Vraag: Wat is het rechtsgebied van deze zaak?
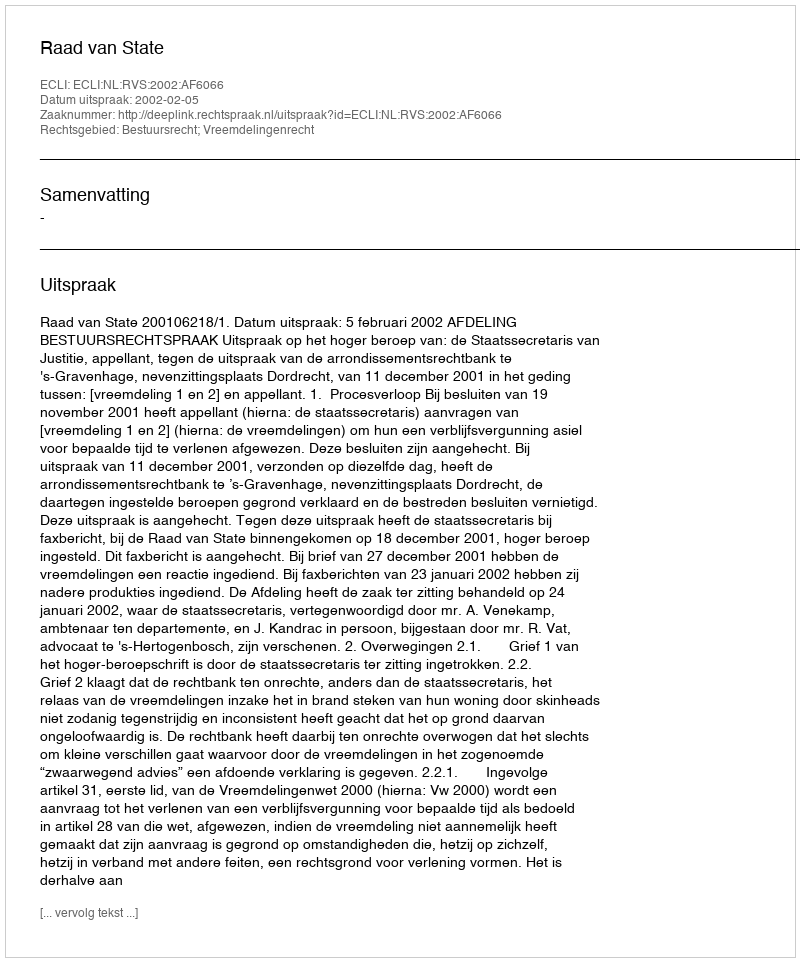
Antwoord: Bestuursrecht; Vreemdelingenrecht